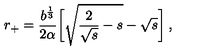
r _ { + } = \frac { b ^ { \frac 1 3 } } { 2 \alpha } { \biggl [ } \sqrt { \frac { 2 } { \sqrt { s } } - s } - \sqrt { s } { \biggr ] } \: ,